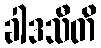
ခါဒသီတိ